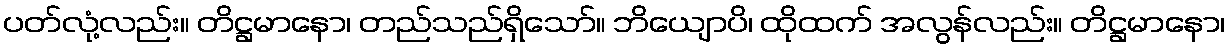
ပတ်လုံ့လည်း။ တိဋ္ဌမာနော၊ တည်သည်ရှိသော်။ ဘိယျောပိ၊ ထိုထက် အလွန်လည်း။ တိဋ္ဌမာနော၊